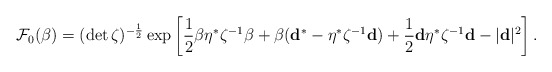
\begin{align*}{\cal F}_0(\beta )=(\det\zeta )^{-\frac 12}\exp\left[\frac 12\beta\eta^{*}\zeta^{-1}\beta +\beta ({\bf d}^{*}-\eta^{*}\zeta^{-1}{\bf d})+\frac 12{\bf d}\eta^{*}\zeta^{-1}{\bf d}-|{\bf d}|^2\right].\end{align*}